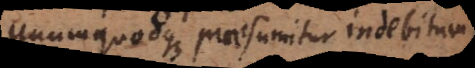
unumquodque praesumitur indebitum